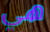
هي